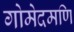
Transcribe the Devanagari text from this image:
गोमेदमणि